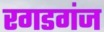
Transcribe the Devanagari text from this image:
रगडगंज